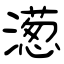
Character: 濍